Report of the Bombay Plague Committee
Disease focus: Plague
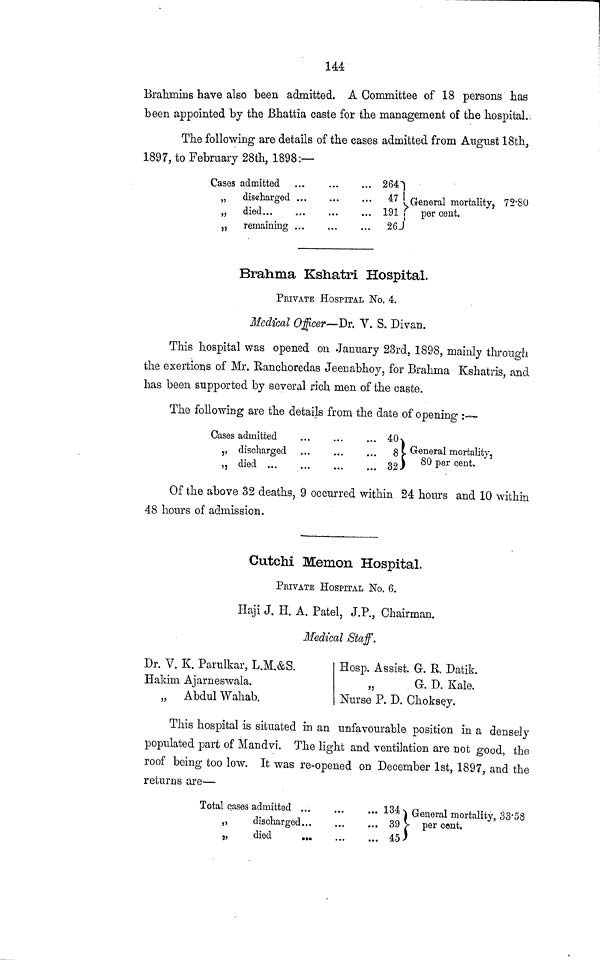
144
Brahmins have also been admitted. A Committee of 18 persons has
been appointed by the ßhattia caste for the management of the hospital..
The following are details of the cases admitted from August 18th,
1897, to February 28th, 1898:—
Cases admitted
„ discharged
„ died...
„ remaining
...
• • *
...
...
...
... 264
...
47
191
...
26
, General mortality, 72'80
S
** /
per cent.
Brahma Zshatri Hospital.
PRIVATE HOSPITAL No. 4.
Medical Officer—Vr. V. S. Divan.
This hospital was opened on January 23rd, 1898, mainly through
the exertions of Mr. Eanchoredas Jeenabhoy, for Brahma Kshatris, and
has been supported by several rich men of the caste.
The following are the details from the date of opening :—
Cases admitted
,, discharged
, 3 died ...
* • •
• « •
... 4(K
... 8
32 J
1
1 General mortality,
} 80 per cent.
Of the above 32 deaths, 9 occurred within 24 hours and 10 within
48 hours of admission.
Cutchi Memon Hospital.
PRIVATE HOSPITAL No. 6.
Haji J. H. A. Patel, J.P., Chairman.
Medical Staff.
Dr. V. K. Parulkar, L.M.&S.
Hakim Ajarneswala.
„ Abdul Wahab.
Hosp. Assist. G-. R, Datik.
„
G. D. Kale.
Nurse P. D. Choksey.
This hospital is situated in an unfavourable position in a densely
populated part of Mandvi. The light and ventilation are not good, the
roof being too low. It was re-opened on December 1st, 1897, and the
returns are—
Total cases admitted ...
„
discharged...
„
died
...
..a
...
...
... 134.
0. 39 |
... 45 J
General mortality, 33'58
• per cent.